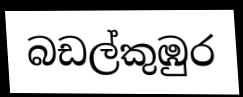
බඩල්කුඹුර